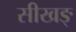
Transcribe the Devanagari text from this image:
सीखङ्